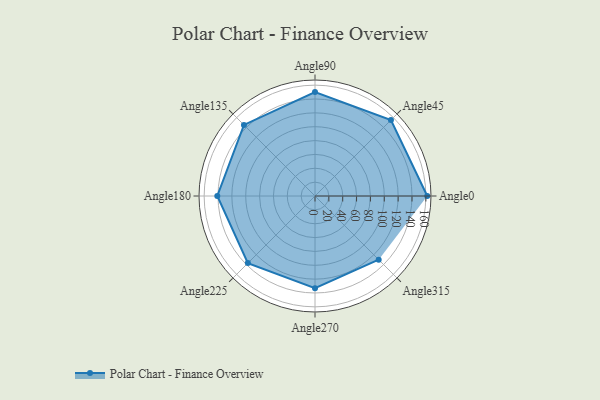
{"axis": {"x": "Angle", "y": "Radius"}, "legend": [""], "data": [{"x": "Angle0", "y": 162.0, "type": ""}, {"x": "Angle45", "y": 155.0, "type": ""}, {"x": "Angle90", "y": 150.0, "type": ""}, {"x": "Angle135", "y": 145.0, "type": ""}, {"x": "Angle180", "y": 141.0, "type": ""}, {"x": "Angle225", "y": 137.0, "type": ""}, {"x": "Angle270", "y": 133.0, "type": ""}, {"x": "Angle315", "y": 130.0, "type": ""}]}